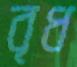
বৃধ